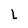
Character: L